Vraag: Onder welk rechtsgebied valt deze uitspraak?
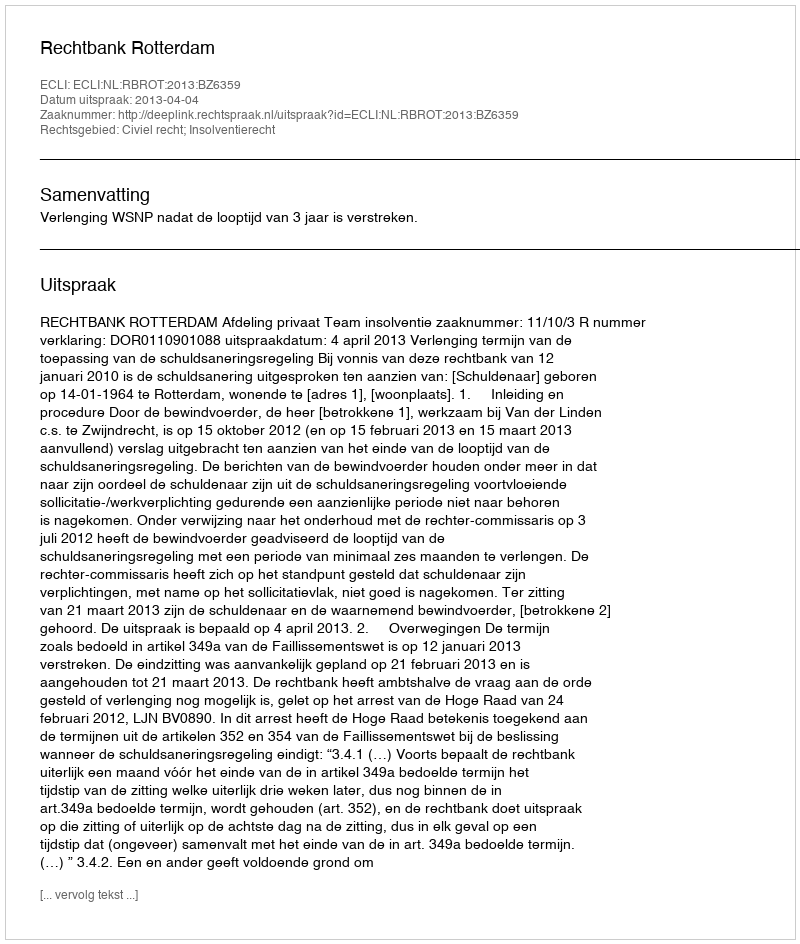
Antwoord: Civiel recht; Insolventierecht